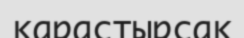
қарастырсақ